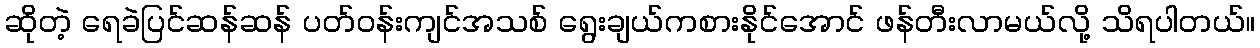
ဆိုတဲ့ ရေခဲပြင်ဆန်ဆန် ပတ်ဝန်းကျင်အသစ် ရွေးချယ်ကစားနိုင်အောင် ဖန်တီးလာမယ်လို့ သိရပါတယ်။